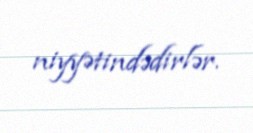
niyyətindədirlər.